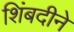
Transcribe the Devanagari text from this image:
शिंबदीने